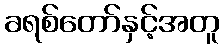
ခရစ်တော်နှင့်အတူ